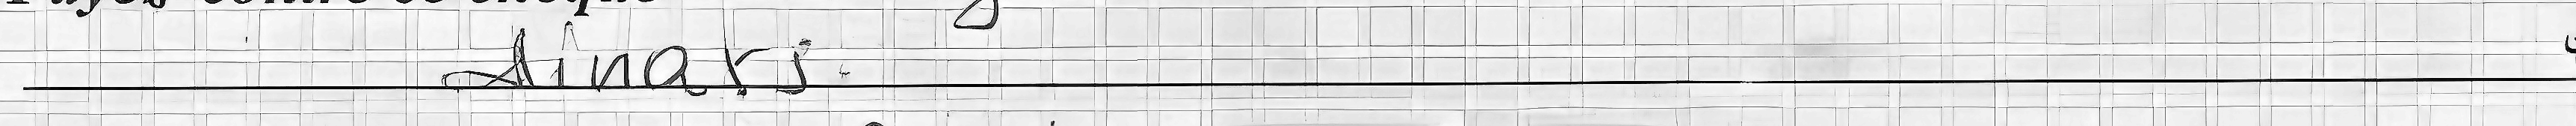
dinars